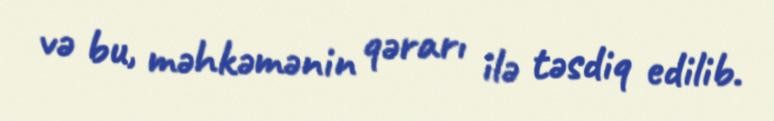
və bu, məhkəmənin qərarı ilə təsdiq edilib.